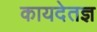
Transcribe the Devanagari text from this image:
कायदेतज्ञ